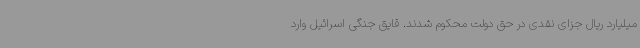
میلیارد ریال جزای نقدی در حق دولت محکوم شدند. قایق جنگی اسرائیل وارد